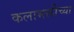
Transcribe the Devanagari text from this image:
कलाभक्तीच्या